Civil Veterinary Department Bengal reports 1933-51 - 1933-1951
Year: 1933
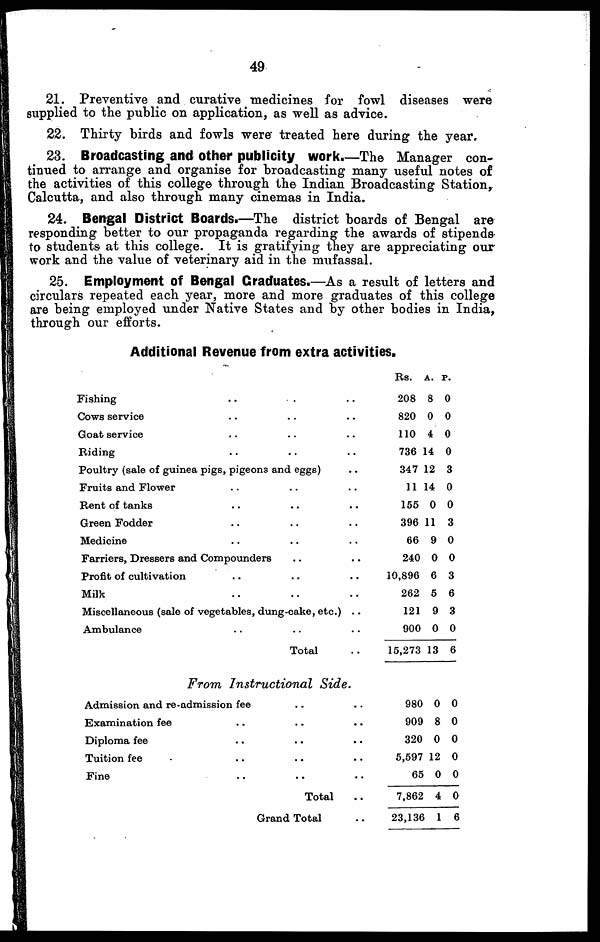
49
21. Preventive and curative medicines for fowl diseases were
supplied to the public on application, as well as advice.
22. Thirty birds and fowls were treated here during the year.
23. Broadcasting and other publicity work.—The Manager con-
tinued to arrange and organise for broadcasting many useful notes of
the activities of this college through the Indian Broadcasting Station,
Calcutta, and also through many cinemas in India.
24. Bengal District Boards.—The district boards of Bengal are
responding better to our propaganda regarding the awards of stipends-
to students at this college. It is gratifying they are appreciating our
work and the value of veterinary aid in the mufassal.
25. Employment of Bengal Graduates.—As a result of letters and
circulars repeated each year, more and more graduates of this college
are being employed under Native States and by other bodies in India,
through our efforts.
Additional Revenue from extra activities.
Fishing.. .. ..
Cows service .. .. ..
Goat service.. .. ..
Riding .. .. ..
Poultry (sale of guinea pigs, pigeons and eggs)..
Fruits and Flower .. .. ..
Rent of tanks .. .. ..
Green Fodder .. .. ..
Medicine .. .. ..
Farriers, Dressers and Compounders.. ..
Profit of cultivation .. .. ..
Milk .. .. ..
Miscellaneous (sale of vegetables, dung-cake, etc.) ..
Ambulance.. .. ..
Total ..
Rs. A. P.
208 8 0
820 0 0
110 4 0
736 14 0
347 12 3
11 14 0
165 0 0
396 11 3
66 9 0
240 0 0
10,896 6 3
262 5 6
121 9 3
900 0 0
15,273 13 6
From Instructional
Side.
Admission and re-admission fee.. .. ..
Examination fee.. .. ..
Diploma fee .. .. ..
Tuition fee .. .. ..
Fine .. .. ..
Total ..
Grand Total ..
980 0 0
909 8 0
320 0 0
5,597 12 0
65 0 0
7,862 4 0
23,136 1 6